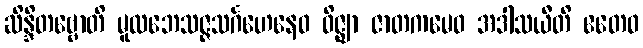
ဆိန္ဒိတဗ္ဗောတိ မူလဘေသဇ္ဇသင်္ဂဟေနေဝ ဝိဇ္ဈာ ဇာတကမေဝ အဒါသယီတိ ဧတေဝ